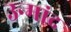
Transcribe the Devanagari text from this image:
उन्मांद